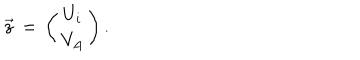
{ \vec { z } } \, = \, \left( \begin{matrix} { { U _ { i } } } \\ { { V _ { A } } } \\ \end{matrix} \right) .